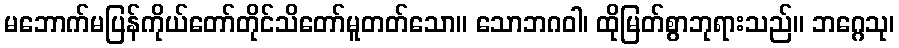
မဘောက်မပြန်ကိုယ်တော်တိုင်သိတော်မူတတ်သော။ သောဘဂဝါ၊ ထိုမြတ်စွာဘုရားသည်။ ဘဂ္ဂေသု၊